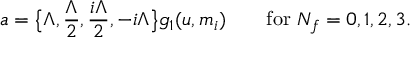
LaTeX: a = \big \{ \Lambda , \frac { \Lambda } { 2 } , \frac { i \Lambda } { 2 } , - i \Lambda \big \} g _ { 1 } ( u , m _ { i } ) \qquad \mathrm { f o r ~ } N _ { f } = 0 , 1 , 2 , 3 .